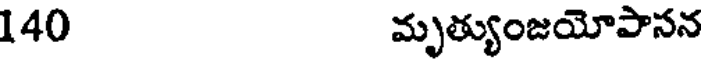
140 మృత్యుంజయోపాసన